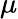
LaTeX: \displaystyle\mu